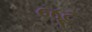
જૂટ